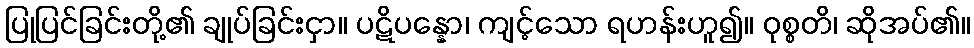
ပြုပြင်ခြင်းတို့၏ ချုပ်ခြင်းငှာ။ ပဋိပန္နော၊ ကျင့်သော ရဟန်းဟူ၍။ ဝုစ္စတိ၊ ဆိုအပ်၏။